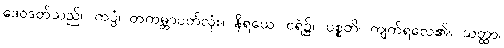
ဒေဝဒတ်သည်။ ကပ္ပံ၊ တကမ္ဘာပတ်လုံး။ နိရယေ၊ ငရဲ၌။ ပစ္စတိ၊ ကျက်ရလေ၏။ သတ္ထာ၊